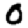
Digit: 0